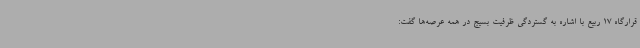
قرارگاه 17 ربیع با اشاره به گستردگی ظرفیت بسیج در همه عرصه‌ها گفت: